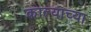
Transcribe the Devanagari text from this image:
काल्याच्या